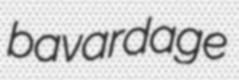
bavardage